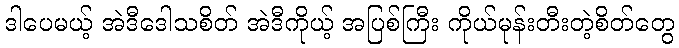
ဒါပေမယ့် အဲဒီဒေါသစိတ် အဲဒီကိုယ့် အပြစ်ကြီး ကိုယ်မုန်းတီးတဲ့စိတ်တွေ